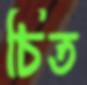
চিত